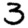
Digit: 3